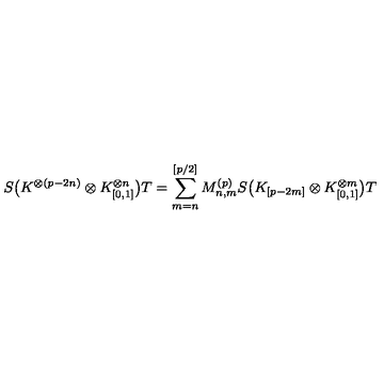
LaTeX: S \bigl ( K ^ { \otimes ( p - 2 n ) } \otimes K _ { [ 0 , 1 ] } ^ { \otimes n } \bigr ) T = \sum _ { m = n } ^ { [ p / 2 ] } M _ { n , m } ^ { ( p ) } S \bigl ( K _ { [ p - 2 m ] } \otimes K _ { [ 0 , 1 ] } ^ { \otimes m } \bigr ) T